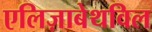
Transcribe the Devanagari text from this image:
एलिज़ाबेथविल